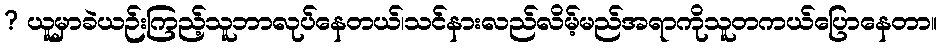
? ယူမှာခဲယဉ်းကြည့်သူဘာလုပ်နေတယ်၊သင်နားလည်လိမ့်မည်အရာကိုသူတကယ်ပြောနေတာ။